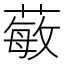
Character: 𱾗